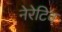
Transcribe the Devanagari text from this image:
नेरेटिव